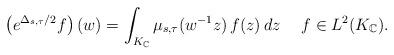
LaTeX: \begin{align*}\left( e^{\Delta_{s,\tau}/2}f\right) (w)=\int_{K_{\mathbb{C}}}\mu_{s,\tau}(w^{-1}z)\,f(z)\,dz\quad\;f\in L^{2}(K_{\mathbb{C}}).\end{align*}